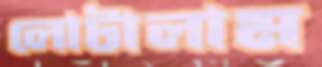
লোটালাম